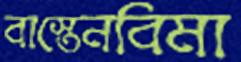
বাস্তেনবিমা